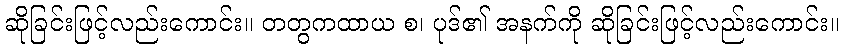
ဆိုခြင်းဖြင့်လည်းကောင်း။ တတွကထာယ စ၊ ပုဒ်၏ အနက်ကို ဆိုခြင်းဖြင့်လည်းကောင်း။